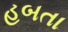
હબતા